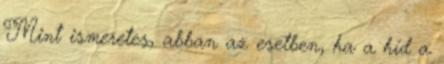
Mint ismeretes, abban az esetben, ha a híd a